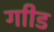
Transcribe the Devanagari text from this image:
गाीड